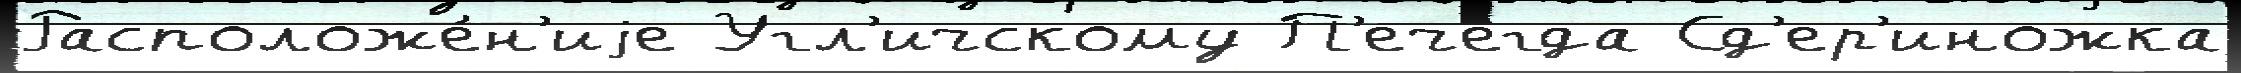
Расположе́н'иjе Угл'ичскому П'ечегда Сд'ер'иножка